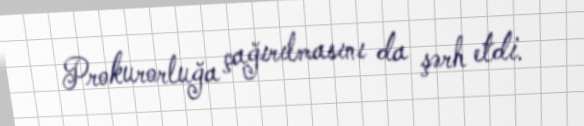
Prokurorluğa çağırılmasını da şərh etdi.